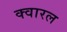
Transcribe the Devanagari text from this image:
क्वारल